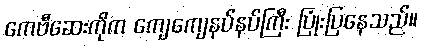
ကေဗီဆေးကိုက ကျေကျေနပ်နပ်ကြီး ပြုံးပြနေသည်။